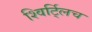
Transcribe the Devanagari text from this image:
श्विर्ट्लिच